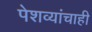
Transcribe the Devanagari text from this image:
पेशव्यांचाही